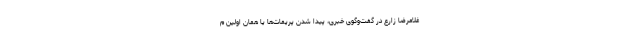
غلامرضا زارع در گفت‌وگوی خبری، پیدا شدن پریمات‌ها یا همان اولین م